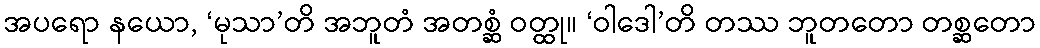
အပရော နယော, ‘မုသာ’တိ အဘူတံ အတစ္ဆံ ဝတ္ထု။ ‘ဝါဒေါ’တိ တဿ ဘူတတော တစ္ဆတော